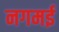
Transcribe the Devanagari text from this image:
नगमई